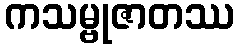
ကသမ္ဗုဇာတဿ